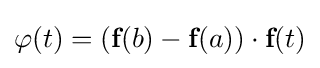
\varphi (t)=({\textbf {f}}(b)-{\textbf {f}}(a))\cdot {\textbf {f}}(t)